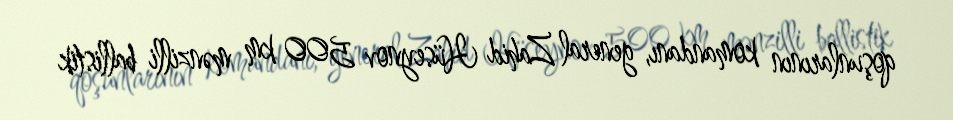
qoşunlarının komandanı, general Zahid Hüseynov 500 km mənzilli ballistik